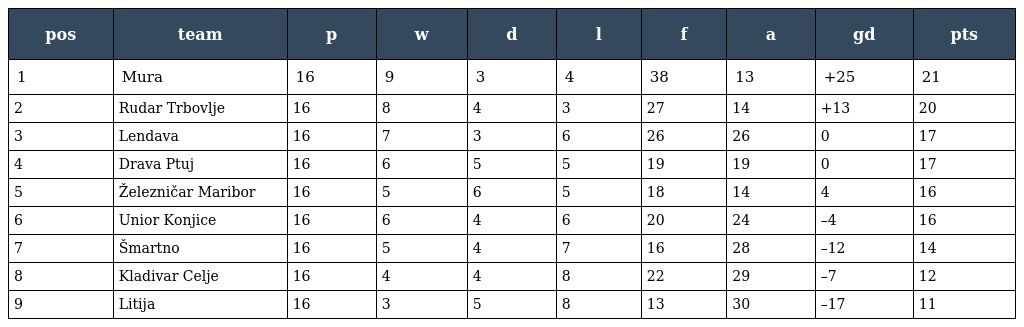
| pos | team | p | w | d | l | f | a | gd | pts |
 | --- | --- | --- | --- | --- | --- | --- | --- | --- | --- |
 | 1 | Mura | 16 | 9 | 3 | 4 | 38 | 13 | +25 | 21 |
 | 2 | Rudar Trbovlje | 16 | 8 | 4 | 3 | 27 | 14 | +13 | 20 |
 | 3 | Lendava | 16 | 7 | 3 | 6 | 26 | 26 | 0 | 17 |
 | 4 | Drava Ptuj | 16 | 6 | 5 | 5 | 19 | 19 | 0 | 17 |
 | 5 | Železničar Maribor | 16 | 5 | 6 | 5 | 18 | 14 | 4 | 16 |
 | 6 | Unior Konjice | 16 | 6 | 4 | 6 | 20 | 24 | –4 | 16 |
 | 7 | Šmartno | 16 | 5 | 4 | 7 | 16 | 28 | –12 | 14 |
 | 8 | Kladivar Celje | 16 | 4 | 4 | 8 | 22 | 29 | –7 | 12 |
 | 9 | Litija | 16 | 3 | 5 | 8 | 13 | 30 | –17 | 11 |